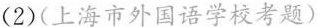
(2)(上海市外国语学校考题)